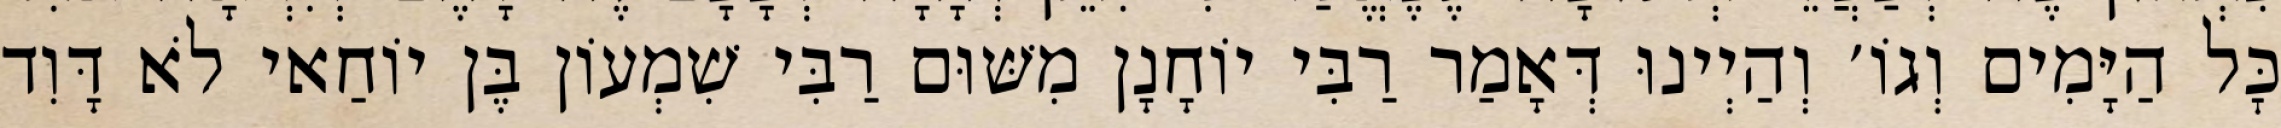
כׇּל הַיָּמִים וְגוֹ׳ וְהַיְינוּ דְּאָמַר רַבִּי יוֹחָנָן מִשּׁוּם רַבִּי שִׁמְעוֹן בֶּן יוֹחַאי לֹא דָּוִד